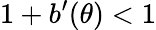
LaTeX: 1+b^{\prime}(\theta)<1